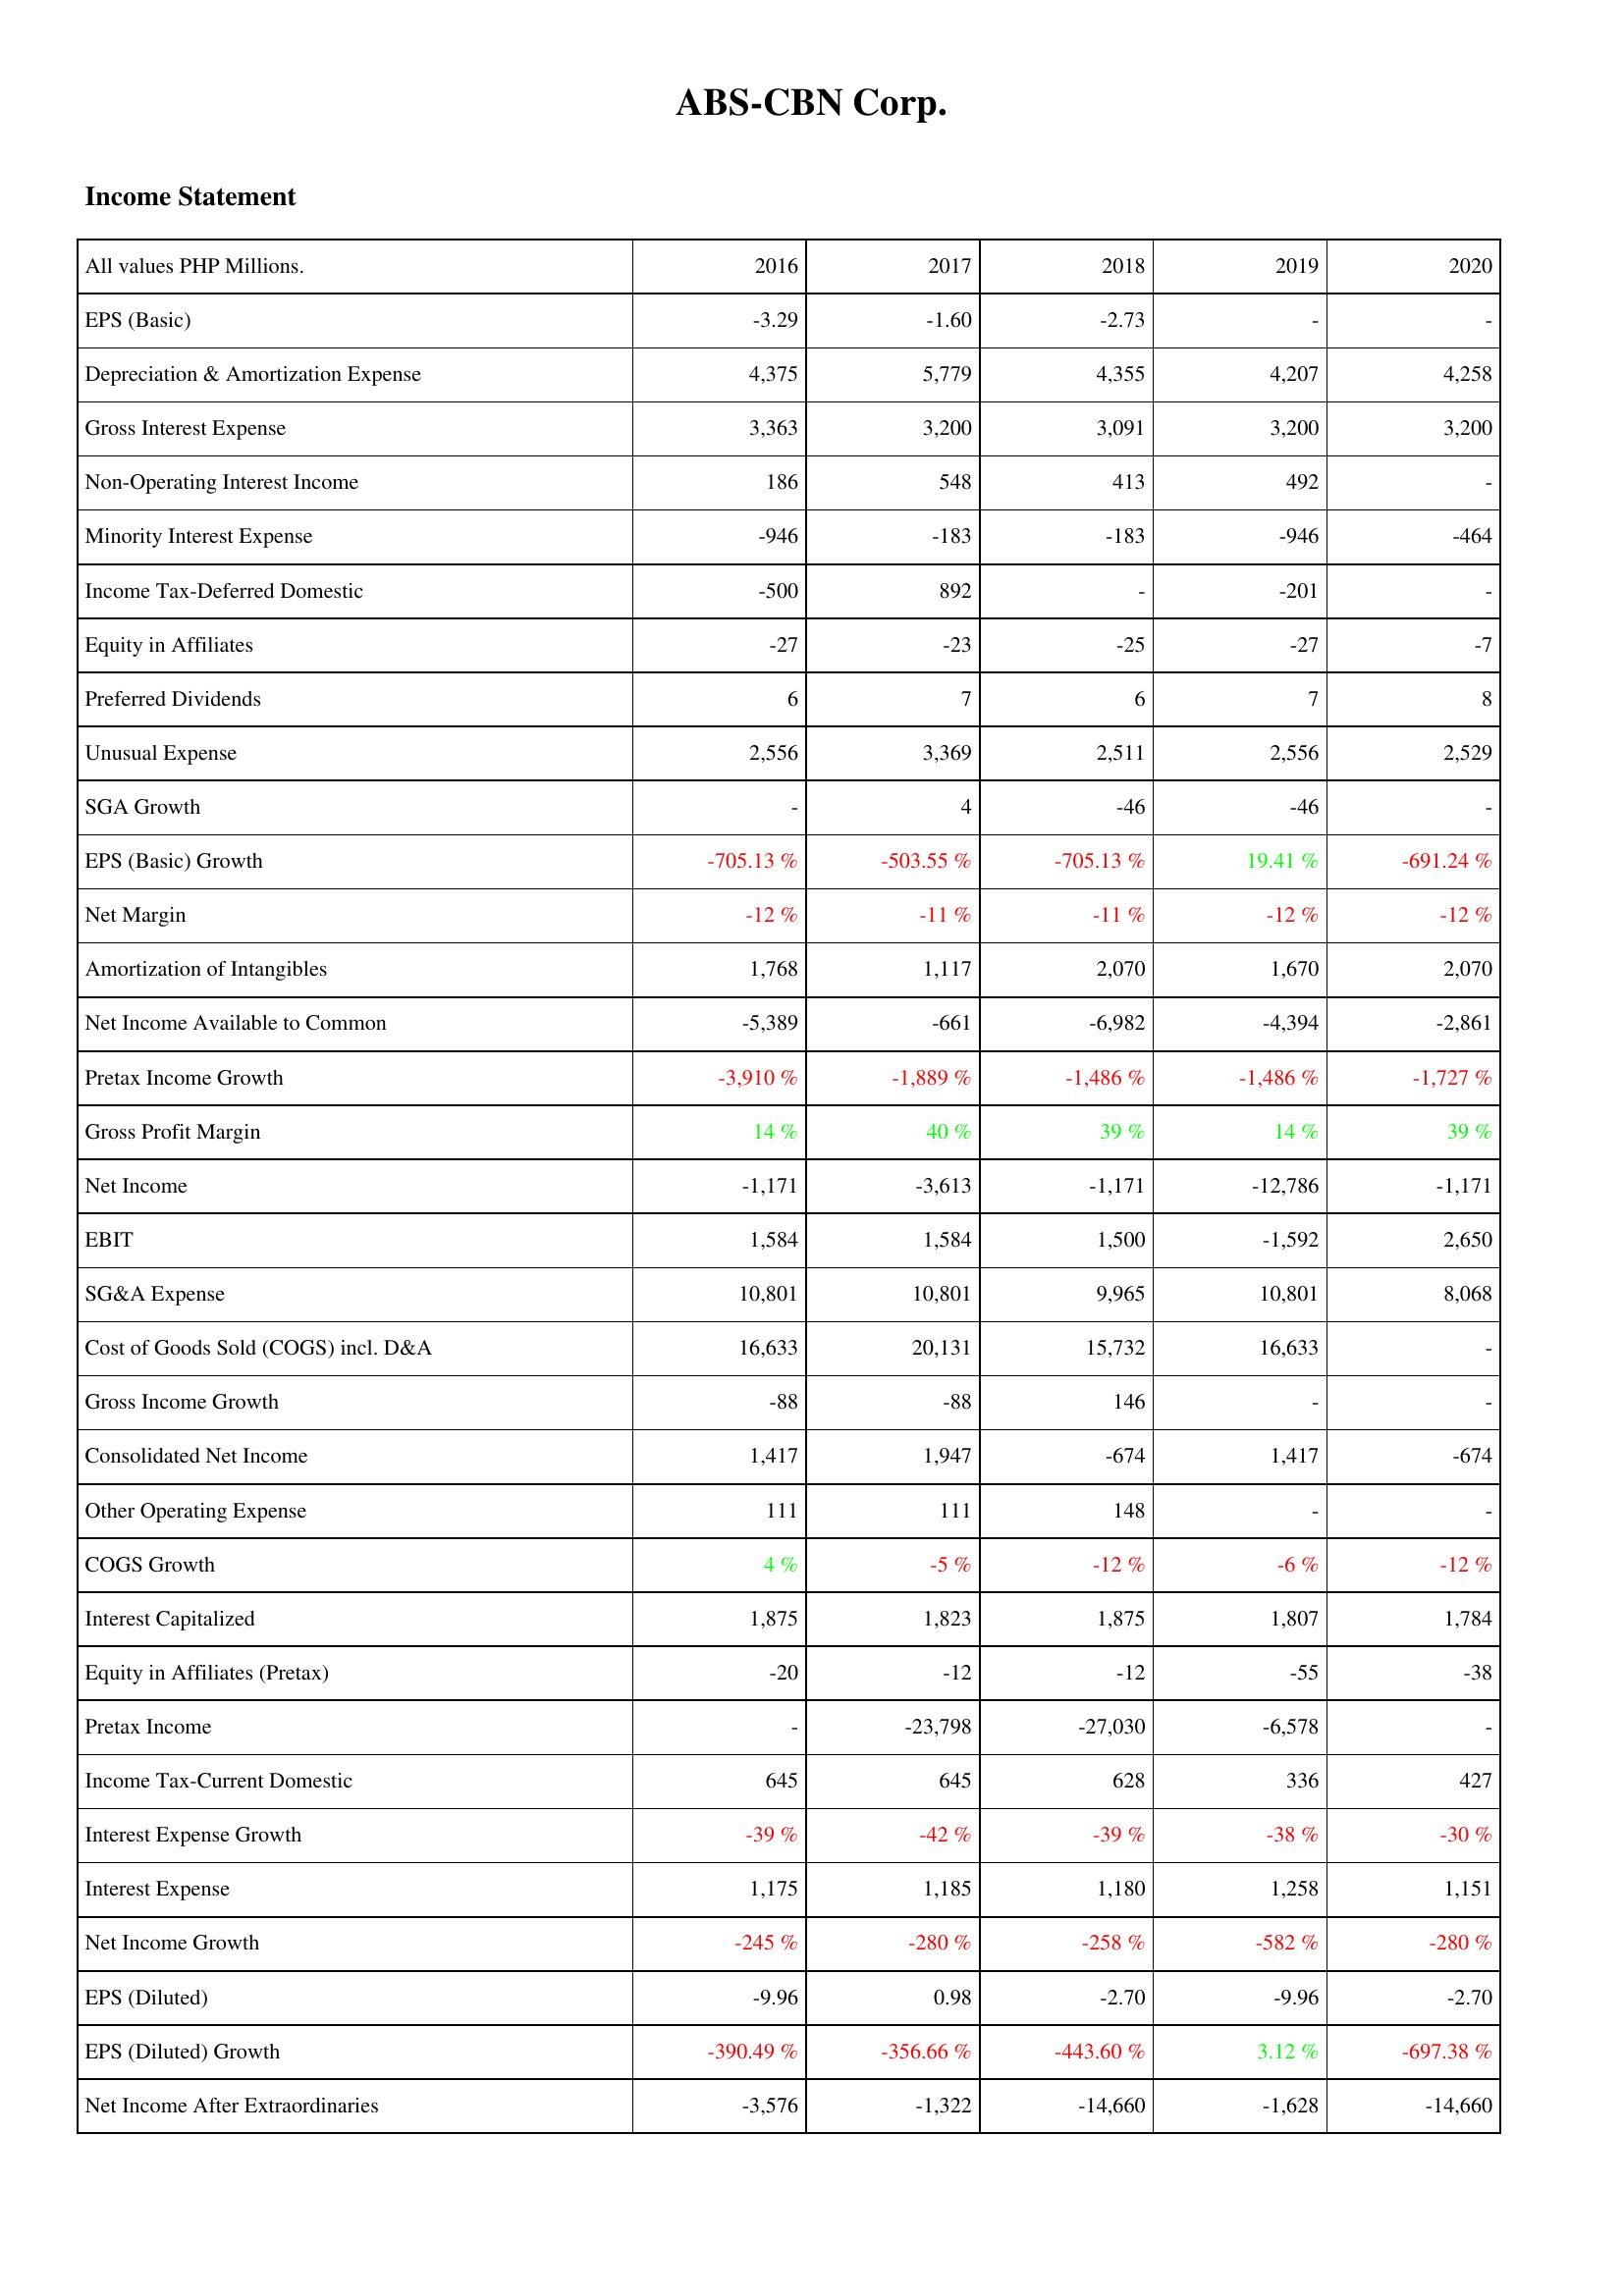
2016: Income Statement: EPS (Basic): -3.29
Depreciation & Amortization Expense: 4,375
Gross Interest Expense: 3,363
Non-Operating Interest Income: 186
Minority Interest Expense: -946
Income Tax-Deferred Domestic: -500
Equity in Affiliates: -27
Preferred Dividends: 6
Unusual Expense: 2,556
SGA Growth: -
EPS (Basic) Growth: -705.13 %
Net Margin: -12 %
Amortization of Intangibles: 1,768
Net Income Available to Common: -5,389
Pretax Income Growth: -3,910 %
Gross Profit Margin: 14 %
Net Income: -1,171
EBIT: 1,584
SG&A Expense: 10,801
Cost of Goods Sold (COGS) incl. D&A: 16,633
Gross Income Growth: -88
Consolidated Net Income: 1,417
Other Operating Expense: 111
COGS Growth: 4 %
Interest Capitalized: 1,875
Equity in Affiliates (Pretax): -20
Pretax Income: -
Income Tax-Current Domestic: 645
Interest Expense Growth: -39 %
Interest Expense: 1,175
Net Income Growth: -245 %
EPS (Diluted): -9.96
EPS (Diluted) Growth: -390.49 %
Net Income After Extraordinaries: -3,576
2017: Income Statement: EPS (Basic): -1.60
Depreciation & Amortization Expense: 5,779
Gross Interest Expense: 3,200
Non-Operating Interest Income: 548
Minority Interest Expense: -183
Income Tax-Deferred Domestic: 892
Equity in Affiliates: -23
Preferred Dividends: 7
Unusual Expense: 3,369
SGA Growth: 4
EPS (Basic) Growth: -503.55 %
Net Margin: -11 %
Amortization of Intangibles: 1,117
Net Income Available to Common: -661
Pretax Income Growth: -1,889 %
Gross Profit Margin: 40 %
Net Income: -3,613
EBIT: 1,584
SG&A Expense: 10,801
Cost of Goods Sold (COGS) incl. D&A: 20,131
Gross Income Growth: -88
Consolidated Net Income: 1,947
Other Operating Expense: 111
COGS Growth: -5 %
Interest Capitalized: 1,823
Equity in Affiliates (Pretax): -12
Pretax Income: -23,798
Income Tax-Current Domestic: 645
Interest Expense Growth: -42 %
Interest Expense: 1,185
Net Income Growth: -280 %
EPS (Diluted): 0.98
EPS (Diluted) Growth: -356.66 %
Net Income After Extraordinaries: -1,322
2018: Income Statement: EPS (Basic): -2.73
Depreciation & Amortization Expense: 4,355
Gross Interest Expense: 3,091
Non-Operating Interest Income: 413
Minority Interest Expense: -183
Income Tax-Deferred Domestic: -
Equity in Affiliates: -25
Preferred Dividends: 6
Unusual Expense: 2,511
SGA Growth: -46
EPS (Basic) Growth: -705.13 %
Net Margin: -11 %
Amortization of Intangibles: 2,070
Net Income Available to Common: -6,982
Pretax Income Growth: -1,486 %
Gross Profit Margin: 39 %
Net Income: -1,171
EBIT: 1,500
SG&A Expense: 9,965
Cost of Goods Sold (COGS) incl. D&A: 15,732
Gross Income Growth: 146
Consolidated Net Income: -674
Other Operating Expense: 148
COGS Growth: -12 %
Interest Capitalized: 1,875
Equity in Affiliates (Pretax): -12
Pretax Income: -27,030
Income Tax-Current Domestic: 628
Interest Expense Growth: -39 %
Interest Expense: 1,180
Net Income Growth: -258 %
EPS (Diluted): -2.70
EPS (Diluted) Growth: -443.60 %
Net Income After Extraordinaries: -14,660
2019: Income Statement: EPS (Basic): -
Depreciation & Amortization Expense: 4,207
Gross Interest Expense: 3,200
Non-Operating Interest Income: 492
Minority Interest Expense: -946
Income Tax-Deferred Domestic: -201
Equity in Affiliates: -27
Preferred Dividends: 7
Unusual Expense: 2,556
SGA Growth: -46
EPS (Basic) Growth: 19.41 %
Net Margin: -12 %
Amortization of Intangibles: 1,670
Net Income Available to Common: -4,394
Pretax Income Growth: -1,486 %
Gross Profit Margin: 14 %
Net Income: -12,786
EBIT: -1,592
SG&A Expense: 10,801
Cost of Goods Sold (COGS) incl. D&A: 16,633
Gross Income Growth: -
Consolidated Net Income: 1,417
Other Operating Expense: -
COGS Growth: -6 %
Interest Capitalized: 1,807
Equity in Affiliates (Pretax): -55
Pretax Income: -6,578
Income Tax-Current Domestic: 336
Interest Expense Growth: -38 %
Interest Expense: 1,258
Net Income Growth: -582 %
EPS (Diluted): -9.96
EPS (Diluted) Growth: 3.12 %
Net Income After Extraordinaries: -1,628
2020: Income Statement: EPS (Basic): -
Depreciation & Amortization Expense: 4,258
Gross Interest Expense: 3,200
Non-Operating Interest Income: -
Minority Interest Expense: -464
Income Tax-Deferred Domestic: -
Equity in Affiliates: -7
Preferred Dividends: 8
Unusual Expense: 2,529
SGA Growth: -
EPS (Basic) Growth: -691.24 %
Net Margin: -12 %
Amortization of Intangibles: 2,070
Net Income Available to Common: -2,861
Pretax Income Growth: -1,727 %
Gross Profit Margin: 39 %
Net Income: -1,171
EBIT: 2,650
SG&A Expense: 8,068
Cost of Goods Sold (COGS) incl. D&A: -
Gross Income Growth: -
Consolidated Net Income: -674
Other Operating Expense: -
COGS Growth: -12 %
Interest Capitalized: 1,784
Equity in Affiliates (Pretax): -38
Pretax Income: -
Income Tax-Current Domestic: 427
Interest Expense Growth: -30 %
Interest Expense: 1,151
Net Income Growth: -280 %
EPS (Diluted): -2.70
EPS (Diluted) Growth: -697.38 %
Net Income After Extraordinaries: -14,660